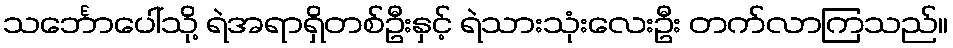
သင်္ဘောပေါ်သို့ ရဲအရာရှိတစ်ဦးနှင့် ရဲသားသုံးလေးဦး တက်လာကြသည်။